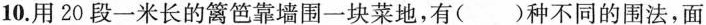
10. 用20段一米长的篱笆靠墙围一块菜地，有()种不同的围法，面